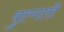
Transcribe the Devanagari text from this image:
वुल्गारी